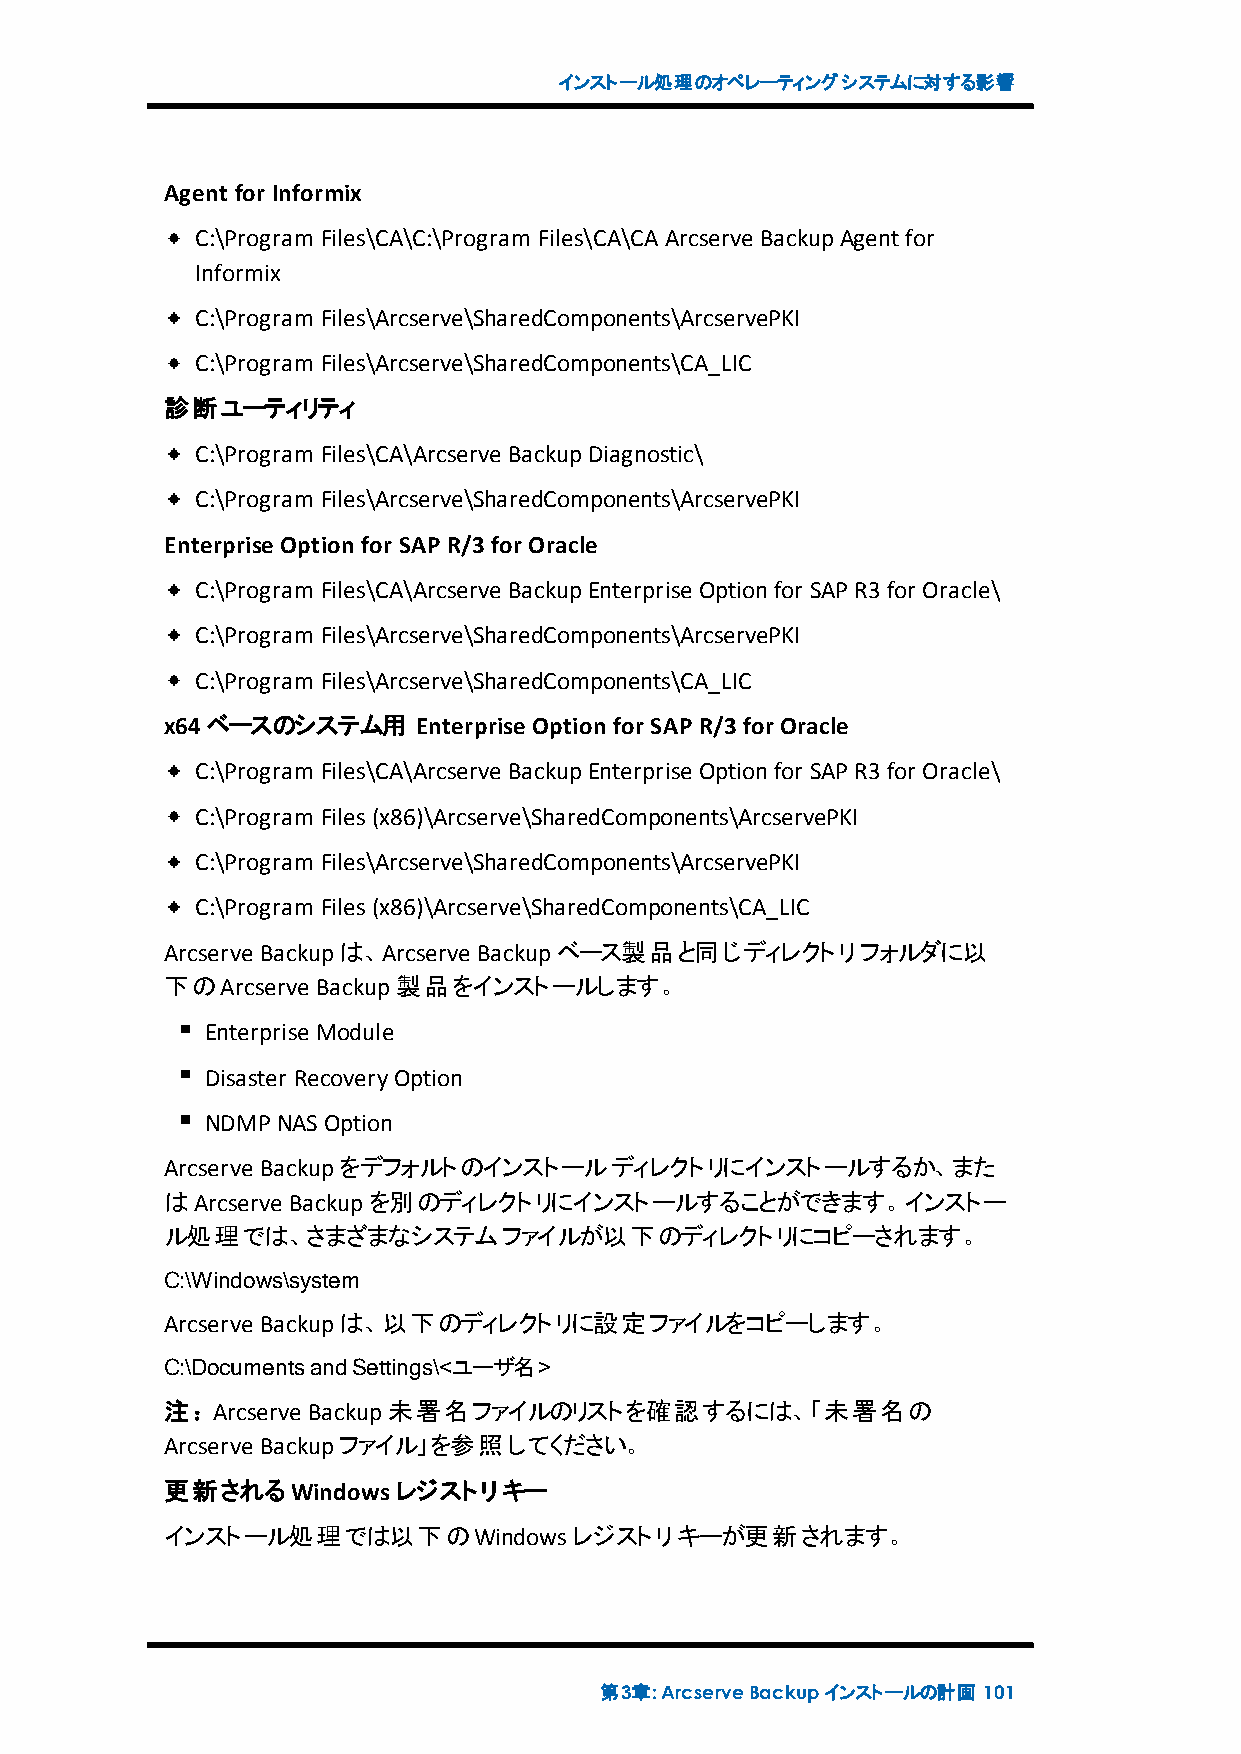
インストール処理のオペレーティングシステムに対する影響
 Agent for Informix
 C:\Program Files\CA\C:\Program Files\CA\CAArcserve BackupAgentfor
 Informix
 C:\Program Files\Arcserve\SharedComponents\ArcservePKI
 C:\Program Files\Arcserve\SharedComponents\CA_LIC
 診断ユーティリティ
 C:\Program Files\CA\Arcserve BackupDiagnostic\
 C:\Program Files\Arcserve\SharedComponents\ArcservePKI
 EnterpriseOption for SAP R/3for Oracle
 C:\Program Files\CA\Arcserve BackupEnterprise Optionfor SAPR3for Oracle\
 C:\Program Files\Arcserve\SharedComponents\ArcservePKI
 C:\Program Files\Arcserve\SharedComponents\CA_LIC
 x64ベースのシステム用     EnterpriseOption for SAP R/3for Oracle
 C:\Program Files\CA\Arcserve BackupEnterprise Optionfor SAPR3for Oracle\
 C:\Program Files(x86)\Arcserve\SharedComponents\ArcservePKI
 C:\Program Files\Arcserve\SharedComponents\ArcservePKI
 C:\Program Files(x86)\Arcserve\SharedComponents\CA_LIC
 Arcserve Backupは、Arcserve Backupベース製品と同じディレクトリフォルダに以
 下のArcserve Backup製品をインストールします。
 Enterprise Module
 Disaster RecoveryOption
 NDMPNASOption
 Arcserve Backupをデフォルトのインストールディレクトリにインストールするか、また
 はArcserve Backupを別のディレクトリにインストールすることができます。インストー
 ル処理では、さまざまなシステムファイルが以下のディレクトリにコピーされます。
 C:\Windows\system
 Arcserve Backupは、以下のディレクトリに設定ファイルをコピーします。
 C:\DocumentsandSettings\<ユーザ名>
 注：Arcserve Backup未署名ファイルのリストを確認するには、「未署名の
 Arcserve Backupファイル」を参照してください。
 更新されるWindowsレジストリキー
 インストール処理では以下のWindowsレジストリキーが更新されます。
 第3章:ArcserveBackupインストールの計画 101